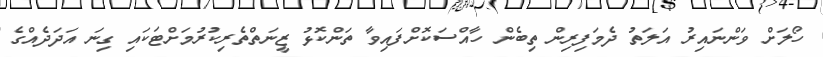
ހޯލަށް ވަންނައިރު އަލަތު ދެމަފިރިން ތިބެން ހާއްސަކޮށްފައިވާ ތަންކޮޅު ޒީނަތްތެރިކުރުމަށްޓަކައި ގިނަ އަދަދެއްގެ